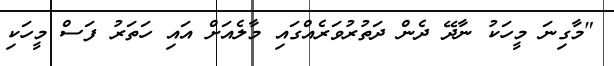
"މާގިނަ މީހަކު ނާދޭ ދެން ދަތުރުވަރެއްގައި މާލެއަށް އައި ހަތަރު ފަސް މީހަކި